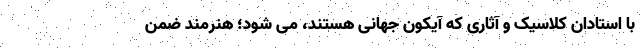
با استادان کلاسیک و آثاری که آیکون جهانی هستند، می شود؛ هنرمند ضمن